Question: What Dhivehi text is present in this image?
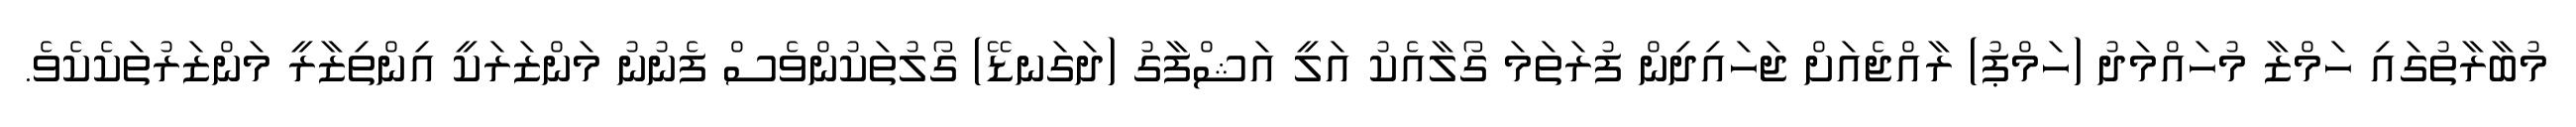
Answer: މުބާރާތުގައި ހަމްޒާ މުހައްމަދު (ހަމްޕު) ރާއްޖެއަށް ޖަހައިދިން ފުރަތަމަ ގޯލާއެކު އަލީ އަޝްފާގު (ދަގަނޑޭ) ގޯލުތަކުންވެސް ފެނުނު މަންޒަރަކީ އިންތިޒާރީ މަންޒަރުތަކެކެވެ.